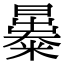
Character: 㬥